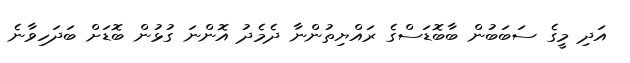
އަދި މީގެ ސަބަބުން ބާބޮޑަސްގެ ރައްޔިތުންނާ ދެމެދު އޮންނަ ގުޅުން ބޮޑަށް ބަދަހިވާނެ